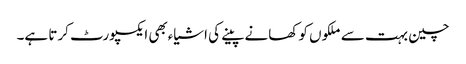
چین بہت سے ملکوں کو کھانے پینے کی اشیاءبھی ایکسپورٹ کرتا ہے۔